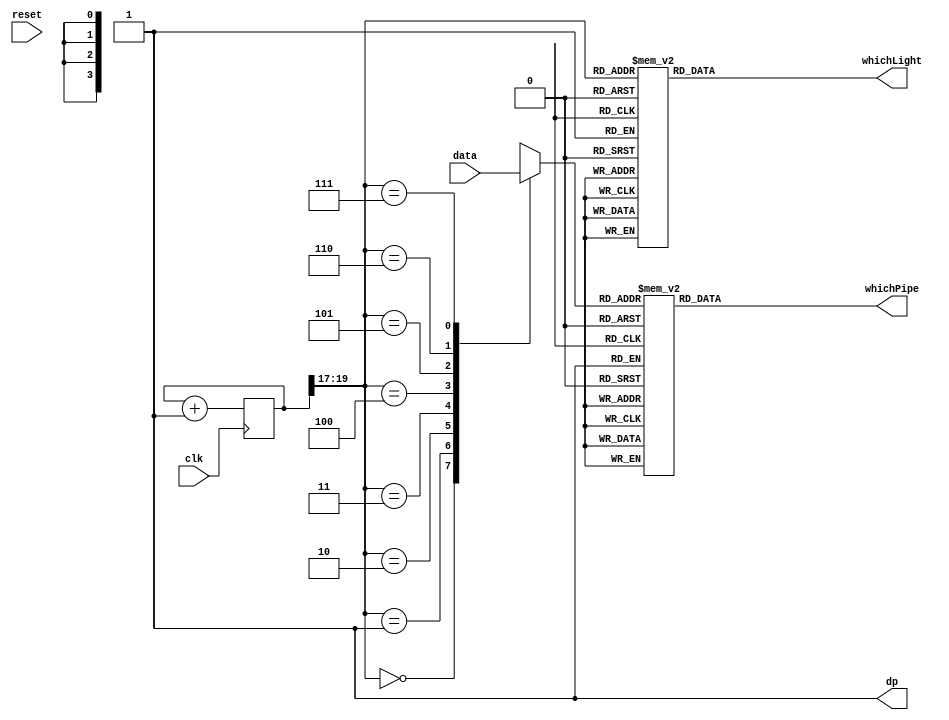
`timescale 1ns / 1ps
//////////////////////////////////////////////////////////////////////////////////
// Company: 
// Engineer: 
// 
// Design Name: 
// Module Name: Displayor
// Project Name: 
// Target Devices: 
// Tool Versions: 
// Description: 
// 
// Dependencies: 
// 
// Revision:
// Revision 0.01 - File Created
// Additional Comments:
// 
//////////////////////////////////////////////////////////////////////////////////

// Input a 32-bit number and output it on the display screen.
module Displayor(
input [31:0] data,		// The data
input clk,		//clk signal.
input reset,		//reset signal.
output reg[7:0] whichLight,		//Decide which position's led to light.
output reg[6:0] whichPipe,		//Decide one position's which pipe to light.
output wire dp			//		dp signal.
    );
	
		wire [2:0] s;		//led's position.
        
        reg [3:0] digit=0;		//every digit.
        
        reg [19:0] clkdiv=0;		//clk circuit.
        
        assign dp=1;
        assign s=clkdiv[19:17];   	

     
		// Give every data's 4 bits to a digit.
        always @(*)
        case(s)
          0:digit=data[31:28];
          1:digit=data[27:24];
          2:digit=data[23:20];
          3:digit=data[19:16];
          4:digit=data[15:12];
          5:digit=data[11:8];
          6:digit=data[7:4];
          7:digit=data[3:0];
          default:digit=data[3:0];
          endcase 
    
		// Control which led to light.
        always @(*)
        case(s)
          0:whichLight=8'b11111110;
          1:whichLight=8'b11111101;
          2:whichLight=8'b11111011;
          3:whichLight=8'b11110111;
          4:whichLight=8'b11101111;
          5:whichLight=8'b11011111;
          6:whichLight=8'b10111111;
          7:whichLight=8'b01111111;
          default:whichLight=8'b11111110;
          endcase       
    
		// Control which pipe to light.
        always @(*)
                 case(digit)
                      0:whichPipe=7'b0000001;
                      1:whichPipe=7'b1001111;
                      2:whichPipe=7'b0010010;
                      3:whichPipe=7'b0000110;
                      4:whichPipe=7'b1001100;
                      5:whichPipe=7'b0100100;
                      6:whichPipe=7'b0100000;
                      7:whichPipe=7'b0001111;
                      8:whichPipe=7'b0000000;
                      9:whichPipe=7'b0000100;
                      'hA:whichPipe=7'b0001000;
                      'hB:whichPipe=7'b1100000;
                      'hC:whichPipe=7'b0110001;
                      'hD:whichPipe=7'b1000010;
                      'hE:whichPipe=7'b0110000;
                      'hF:whichPipe=7'b0111000;
                     default:whichPipe=7'b0000001;
                 endcase
         
		// Control clock signal.
        always @(posedge clk)
           begin
             /*if(reset==0)
                clkdiv<=0;
             else*/
                clkdiv=clkdiv+1;
          end
endmodule